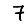
Digit: 7